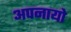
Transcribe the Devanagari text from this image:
अपनायो